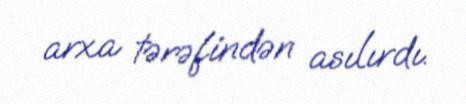
arxa tərəfindən asılırdı.